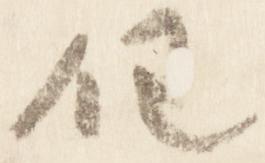
任